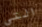
التي